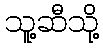
သူ့ဆီသို့